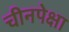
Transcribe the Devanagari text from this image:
चीनपेक्षा